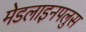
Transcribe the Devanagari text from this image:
मेडलाइनपलुस